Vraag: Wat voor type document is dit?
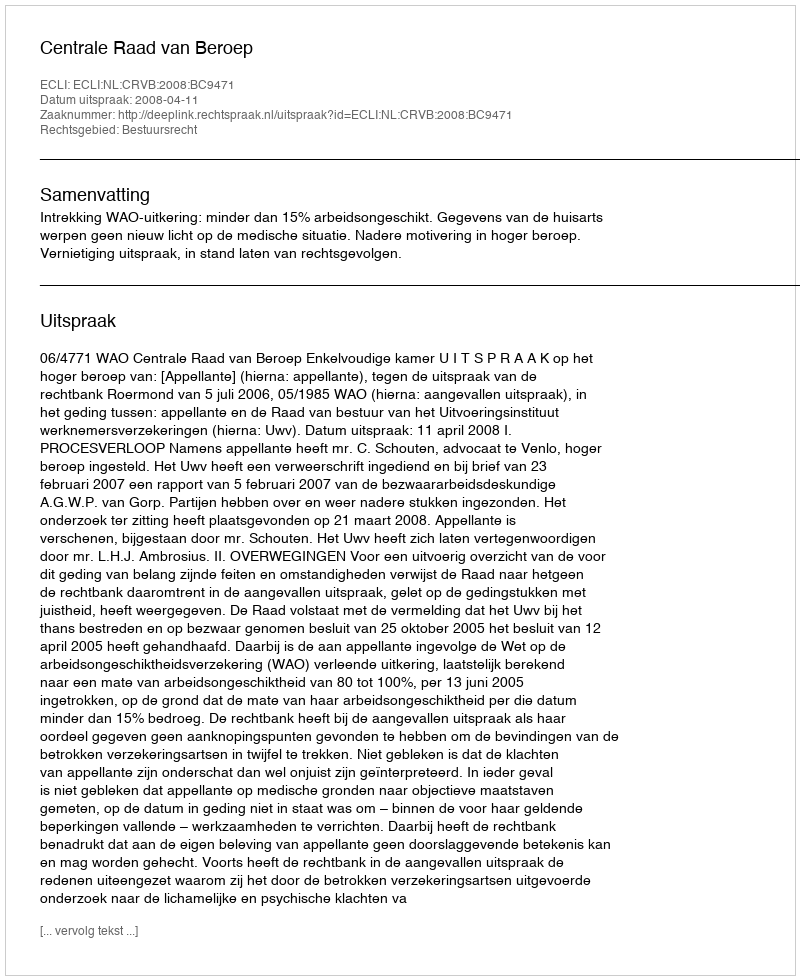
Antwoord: Uitspraak